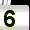
Digit: 5